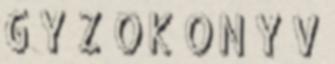
G Y Z Ő K Ö N Y V